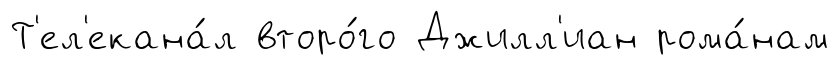
Т'ел'екана́л второ́го Джилл'иан рома́нам